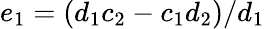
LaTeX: e_{1}=(d_{1}c_{2}-c_{1}d_{2})/d_{1}